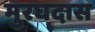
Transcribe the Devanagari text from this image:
मुरघदास